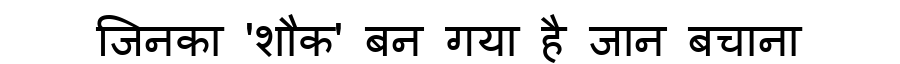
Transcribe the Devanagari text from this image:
जिनका 'शौक' बन गया है जान बचाना